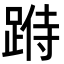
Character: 𨂄